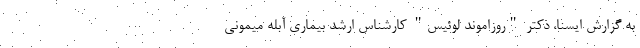
به گزارش ایسنا، دکتر "روزاموند لوئیس" کارشناس ارشد بیماری آبله میمونی